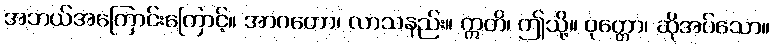
အဘယ်အကြောင်းကြောင့်။ အာဂတော၊ လာသနည်း။ ဣတိ၊ ဤသို့။ ဝုတ္တော၊ ဆိုအပ်သော။